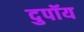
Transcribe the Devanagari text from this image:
दुपॉय